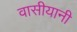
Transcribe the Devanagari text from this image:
वासीयानी